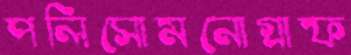
পলিসোমনোগ্রাফ